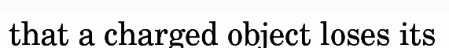
that a charged object loses its